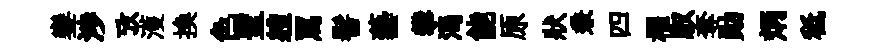
鑾渉攷濩換色聖軆罵髻藝攀渴能原狀兼四櫂馭奪勛炳秪